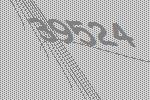
39524